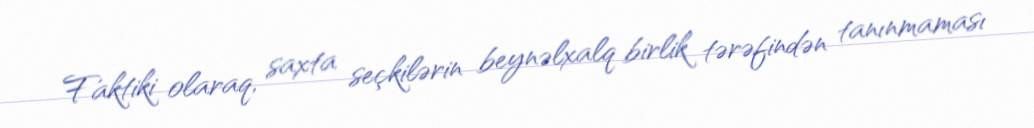
Faktiki olaraq, saxta seçkilərin beynəlxalq birlik tərəfindən tanınmaması